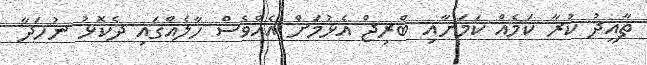
ތާއީދު ކުރާ ކަމެއް ކަމަށާއި ބްރިޖް އެޅުމަށް އެއްވެސް ހާލެއްގައި ދެކޮޅު ނުހަދާ